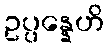
ဥပ္ပန္နေဟိ